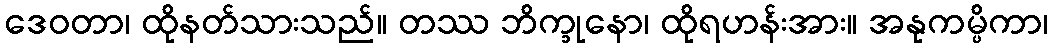
ဒေဝတာ၊ ထိုနတ်သားသည်။ တဿ ဘိက္ခုနော၊ ထိုရဟန်းအား။ အနုကမ္ပိကာ၊